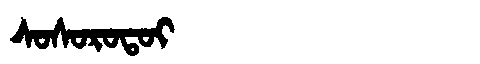
Manchu: ᠰᠣᠰᠣᡵᠣᡨᠣᡳ
Romanization: SOSOROTOI